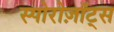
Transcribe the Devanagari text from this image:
स्पोरोज़ॉट्स